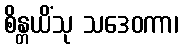
စိန္တယိံသု သဒေဝကာ၊